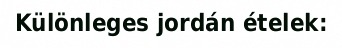
Különleges jordán ételek: